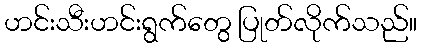
ဟင်းသီးဟင်းရွက်တွေ ပြုတ်လိုက်သည်။